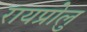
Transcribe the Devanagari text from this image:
रायप्रोलु